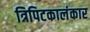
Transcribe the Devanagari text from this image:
त्रिपिटकालंकार